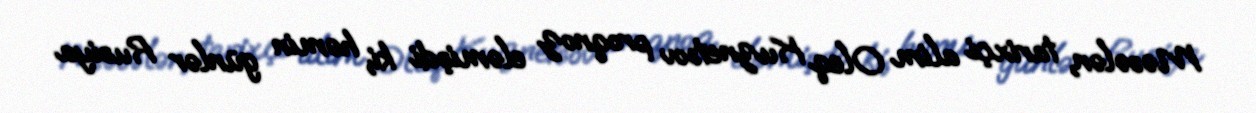
Məsələn, tarixçi alim Oleq Kuznetsov proqnoz eləmişdi ki, həmin günlər Rusiya